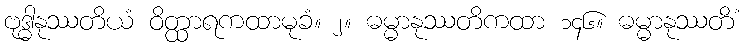
ဗုဒ္ဓါနုဿတိယံ ဝိတ္ထာရကထာမုခံ။ ၂။ ဓမ္မာနုဿတိကထာ ၁၄၆။ ဓမ္မာနုဿတိံ